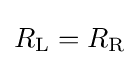
R_{\rm {L}}=R_{\rm {R}}